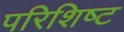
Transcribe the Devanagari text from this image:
परिशिष्‍ट